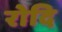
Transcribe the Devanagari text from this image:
रोदि